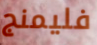
فليمنج